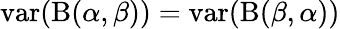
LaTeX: \operatorname{var}(\mathrm{B}(\alpha,\beta))=\operatorname{var}(\mathrm{B}(\beta,\alpha))